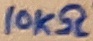
Text: 10KΩ